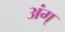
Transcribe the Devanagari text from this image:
अंग्